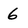
Character: 6